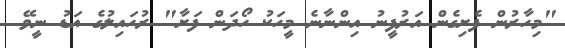
"މިހާރުން ފެށިގެން އަރުފީނު އިންނާނެ މީހަކު ހޯދަން ފަށާ" ރުހައިލުގެ އަޑު ނީވޭ